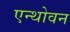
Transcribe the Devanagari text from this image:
एन्थोवन